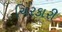
ચિરકારી